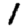
Digit: 1